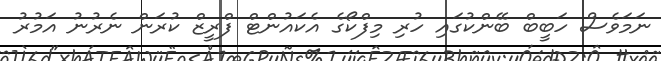
ނަމަވެސް ހަބީބް ބޭންކުގައި ހުރި މިފްކޯގެ އެކައުންޓް ފްރީޒް ކުރަން ނެރުނު އަމުރު